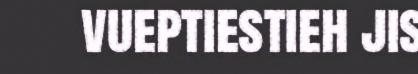
vueptiestieh jis